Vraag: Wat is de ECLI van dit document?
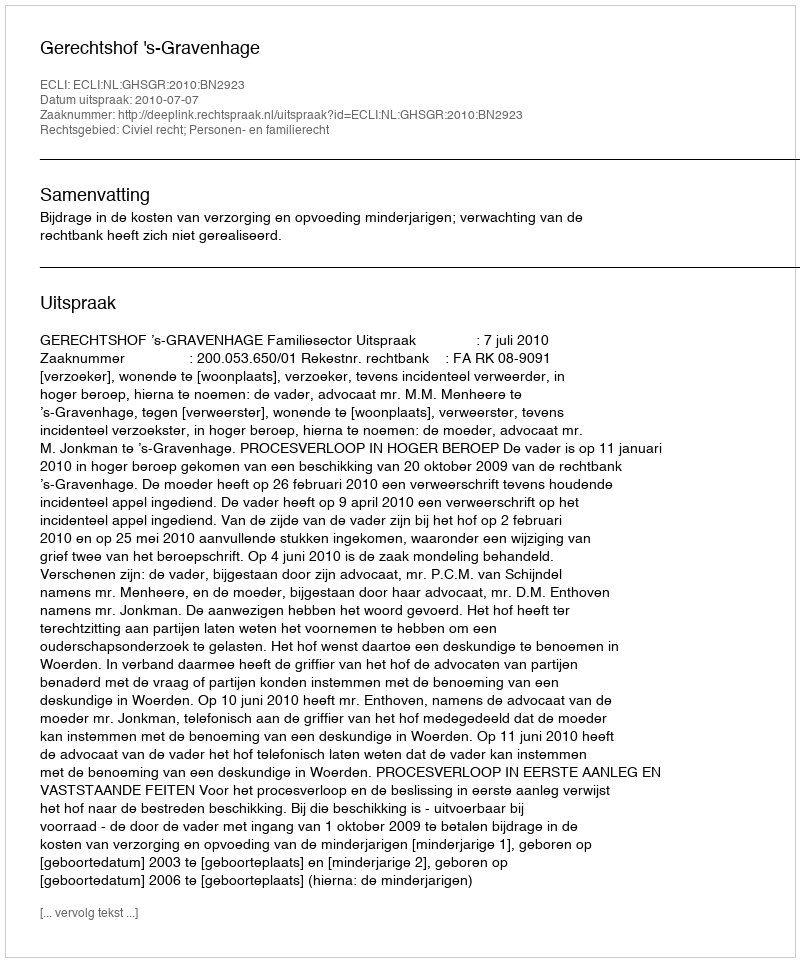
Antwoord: ECLI:NL:GHSGR:2010:BN2923